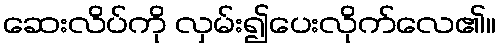
ဆေးလိပ်ကို လှမ်း၍ပေးလိုက်လေ၏။